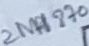
Text: 2N4870